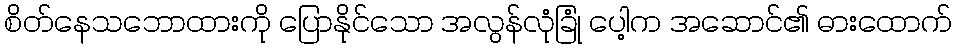
စိတ်နေသဘောထားကို ပြောနိုင်သော အလွန်လုံခြုံ ပေါ့က အဆောင်၏ ဓားထောက်